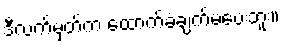
ဒီလက်မှတ်က ထောက်ခံချက်မပေးဘူး။